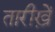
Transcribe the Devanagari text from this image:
तारीख़ें